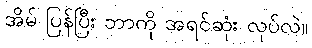
အိမ် ပြန်ပြီး ဘာကို အရင်ဆုံး လုပ်လဲ။